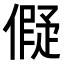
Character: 𬿬